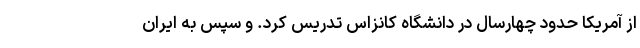
از آمریکا حدود چهارسال در دانشگاه کانزاس تدریس کرد. و سپس به ایران